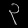
Digit: ၃